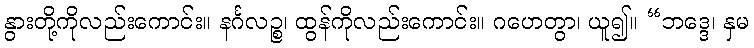
နွားတို့ကိုလည်းကောင်း။ နင်္ဂလဉ္စ၊ ထွန်ကိုလည်းကောင်း။ ဂဟေတွာ၊ ယူ၍။ “ဘဒ္ဒေ၊ နှမ